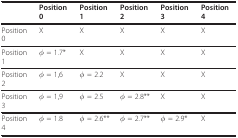
|  | Position 0 | Position 1 | Position 2 | Position 3 | Position 4 |
 | --- | --- | --- | --- | --- | --- |
 | Position 0 | X | X | X | X | X |
 | Position 1 | φ = 1.7* | X | X | X | X |
 | Position 2 | φ = 1,6 | φ = 2.2 | X | X | X |
 | Position 3 | φ = 1,9 | φ = 2.5 | φ = 2.8** | X | X |
 | Position 4 | φ = 1.8 | φ = 2.6** | φ = 2.7** | φ = 2.9* | X |